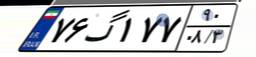
۵۱گ۱۸۸۰۲